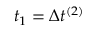
t _ { 1 } = \Delta t ^ { ( 2 ) }